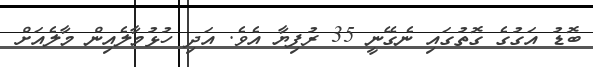
ބޮޑު އަގުގެ ގޮތުގައި ނެގޭނީ 35 ރުފިޔާ އެވެ. އަދި ހުޅުމާލެއިން މާލެއަށް